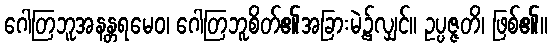
ဂေါတြဘူအနန္တရမေဝ၊ ဂေါတြဘူစိတ်၏အခြားမဲ့၌လျှင်။ ဥပ္ပဇ္ဇတိ၊ ဖြစ်၏။